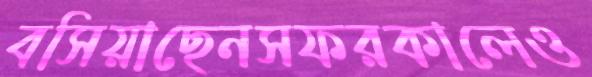
বসিয়াছেনসফরকালেও